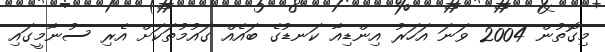
މިގޮތުން 2004 ވަނަ އަހަރު އިންޑިއާ ކަނޑުގެ ބައެއް ގައުމުތަކަށް އެރި ސުނާމީގައި